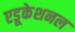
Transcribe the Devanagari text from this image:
एडूकेशनल